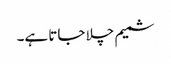
شمیم چلا جاتا ہے۔